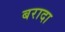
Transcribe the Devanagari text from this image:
बरादा